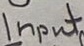
Text: Input